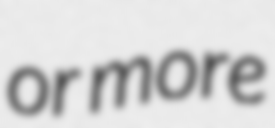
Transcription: or more